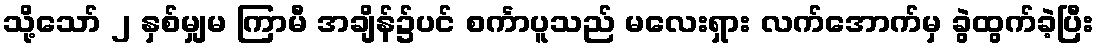
သို့သော် ၂ နှစ်မျှမ ကြာမီ အချိန်၌ပင် စင်္ကာပူသည် မလေးရှား လက်အောက်မှ ခွဲထွက်ခဲ့ပြီး